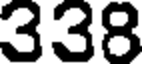
338